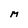
Character: M